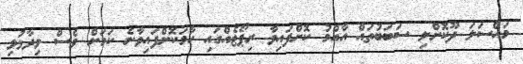
މައްސަލަ ދޫކޮށްލި ސަބަބުތައް އާއްމު ކޮށްފައިވާ ރިޕޯޓެއްގައި ހާމަކޮށްފައިވާނެ ކަމަށް ވެސް ވިދާޅުވި